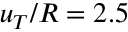
u _ { T } / R = 2 . 5